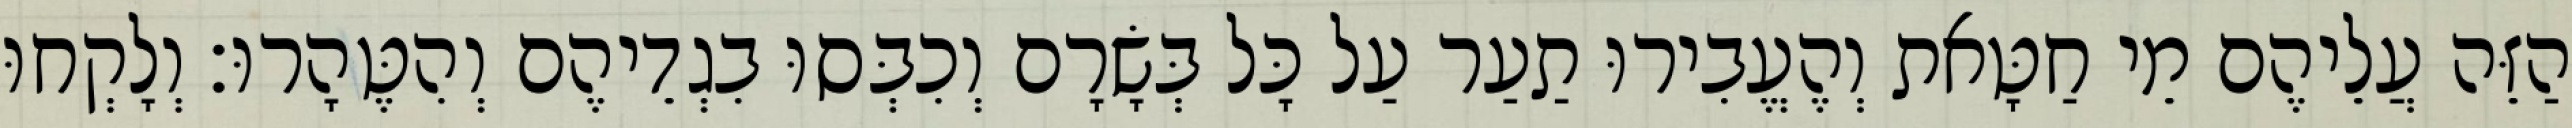
הַזֵּה עֲלֵיהֶם מֵי חַטָּאת וְהֶעֱבִירוּ תַעַר עַל כָּל בְּשָׂרָם וְכִבְּסוּ בִגְדֵיהֶם וְהִטֶּהָרוּ׃ וְלָקְחוּ